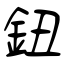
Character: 鈕